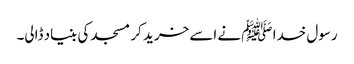
رسول خدا ﷺ نے اسے خرید کر مسجد کی بنیاد ڈالی۔